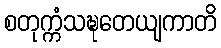
စတုက္ကံသဍ္ဎတေယျကာတိ